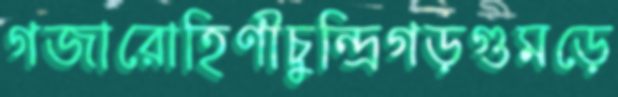
গজারোহিণীচুন্দ্রিগড়গুমড়ে